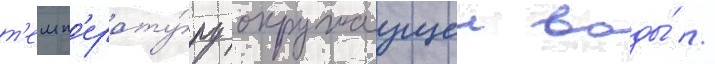
т'емп'ерату́ру окружаущеи воды́ //